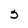
Character: 5